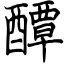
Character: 醰